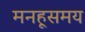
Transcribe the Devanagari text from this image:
मनहूसमय